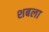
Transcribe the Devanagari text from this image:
शबला